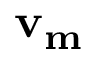
\mathbf { v _ { m } }